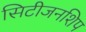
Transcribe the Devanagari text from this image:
सिटीजनशिप